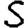
Digit: 5